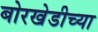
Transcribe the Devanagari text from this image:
बोरखेडीच्या